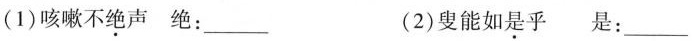
(1)咳嗽不绝声绝：___ (2)叟能如是乎是：___